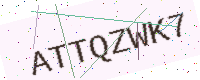
Text: ATTQZWK7